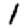
Digit: 1